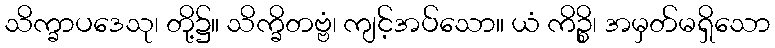
သိက္ခာပဒေသု၊ တို့၌။ သိက္ခိတဗ္ဗံ၊ ကျင့်အပ်သော။ ယံ ကိဉ္စိ၊ အမှတ်မရှိသော